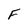
Character: F